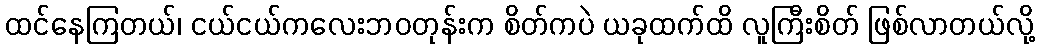
ထင်နေကြတယ်၊ ငယ်ငယ်ကလေးဘဝတုန်းက စိတ်ကပဲ ယခုထက်ထိ လူကြီးစိတ် ဖြစ်လာတယ်လို့